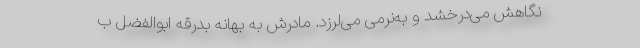
نگاهش می‌درخشد و به‌نرمی می‌لرزد. مادرش به بهانه بدرقه ابوالفضل ب